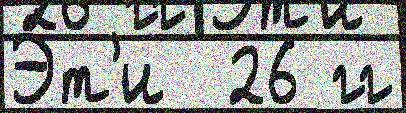
Э́т'и  26 гг